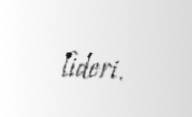
lideri.